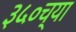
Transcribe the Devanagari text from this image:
३५०च्या